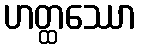
ဟတ္ထဿော